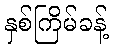
နှစ်ကြိမ်ခန့်